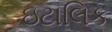
ઇટાલિક